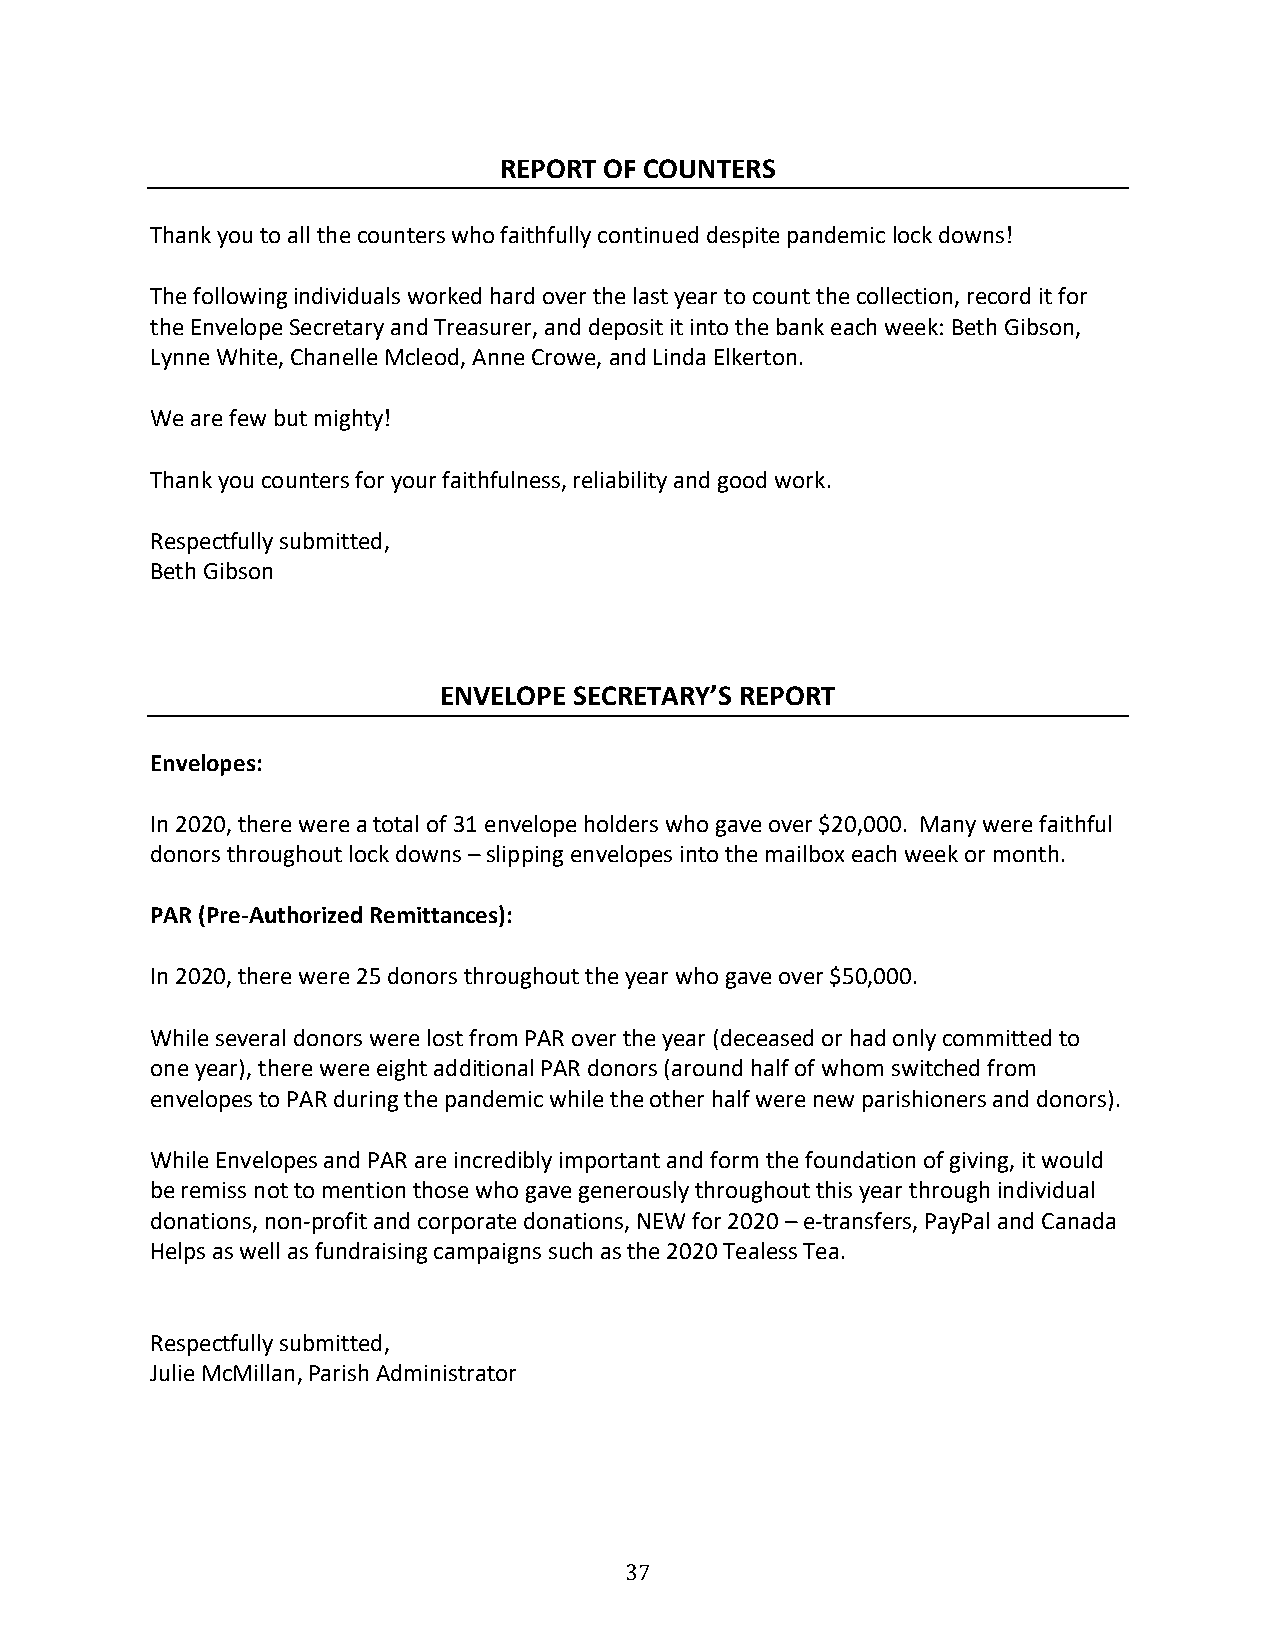
REPORT OF COUNTERS
 Thank you to all the counters who faithfully continued despite pandemic lock downs!
 The following individuals worked hard over the last year to count the collection, record it for
 the Envelope Secretary and Treasurer, and deposit it into the bank each week: Beth Gibson,
 Lynne White, Chanelle Mcleod, Anne Crowe, and Linda Elkerton.
 We are few but mighty!
 Thank you counters for your faithfulness, reliability and good work.
 Respectfully submitted,
 Beth Gibson
 ENVELOPE SECRETARY’S REPORT
 Envelopes:
 In 2020, there were a total of 31 envelope holders who gave over $20,000. Many were faithful
 donors throughout lock downs – slipping envelopes into the mailbox each week or month.
 PAR (Pre-Authorized Remittances):
 In 2020, there were 25 donors throughout the year who gave over $50,000.
 While several donors were lost from PAR over the year (deceased or had only committed to
 one year), there were eight additional PAR donors (around half of whom switched from
 envelopes to PAR during the pandemic while the other half were new parishioners and donors).
 While Envelopes and PAR are incredibly important and form the foundation of giving, it would
 be remiss not to mention those who gave generously throughout this year through individual
 donations, non-profit and corporate donations, NEW for 2020 – e-transfers, PayPal and Canada
 Helps as well as fundraising campaigns such as the 2020 Tealess Tea.
 Respectfully submitted,
 Julie McMillan, Parish Administrator
 37